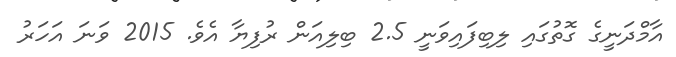
އާމްދަނީގެ ގޮތުގައި ލިބިފައިވަނީ 2.5 ބިލިއަން ރުފިޔާ އެވެ. 2015 ވަނަ އަހަރު